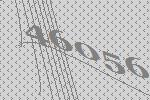
46056